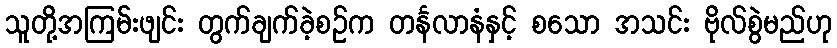
သူတို့အကြမ်းဖျင်း တွက်ချက်ခဲ့စဉ်က တင်္နလာနံနှင့် စသော အသင်း ဗိုလ်စွဲမည်ဟု